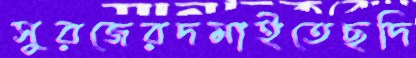
সুরজেরদমাইতেছদি